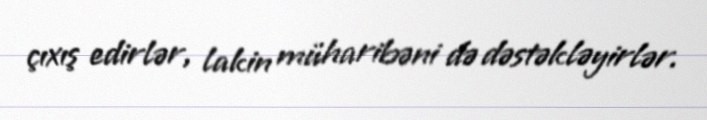
çıxış edirlər, lakin müharibəni də dəstəkləyirlər.